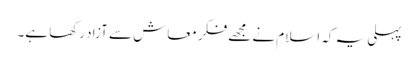
پہلی یہ کہ اسلام نے مجھے فکر معاش سے آزاد رکھا ہے۔